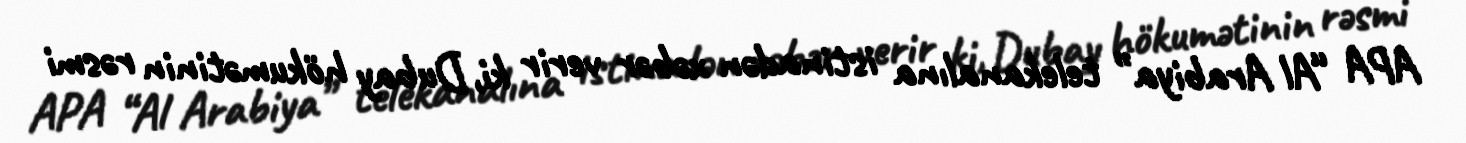
APA “Al Arabiya” telekanalına istinadən xəbər verir ki, Dubay hökumətinin rəsmi